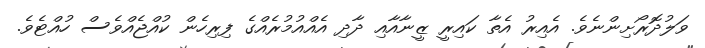
ވަލުދޮރޯށިންނެވެ. އެއިރު އެތާ ކައިރީ ޒީނާއާއި ދާދި އެއްއުމުރެއްގެ ފިރިހެން ކުއްޖެއްވެސް ހުއްޓެވެ.